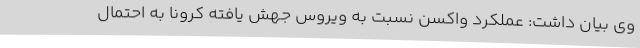
وی بیان داشت: عملکرد واکسن نسبت به ویروس جهش یافته کرونا به احتمال